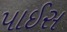
પાઈસ